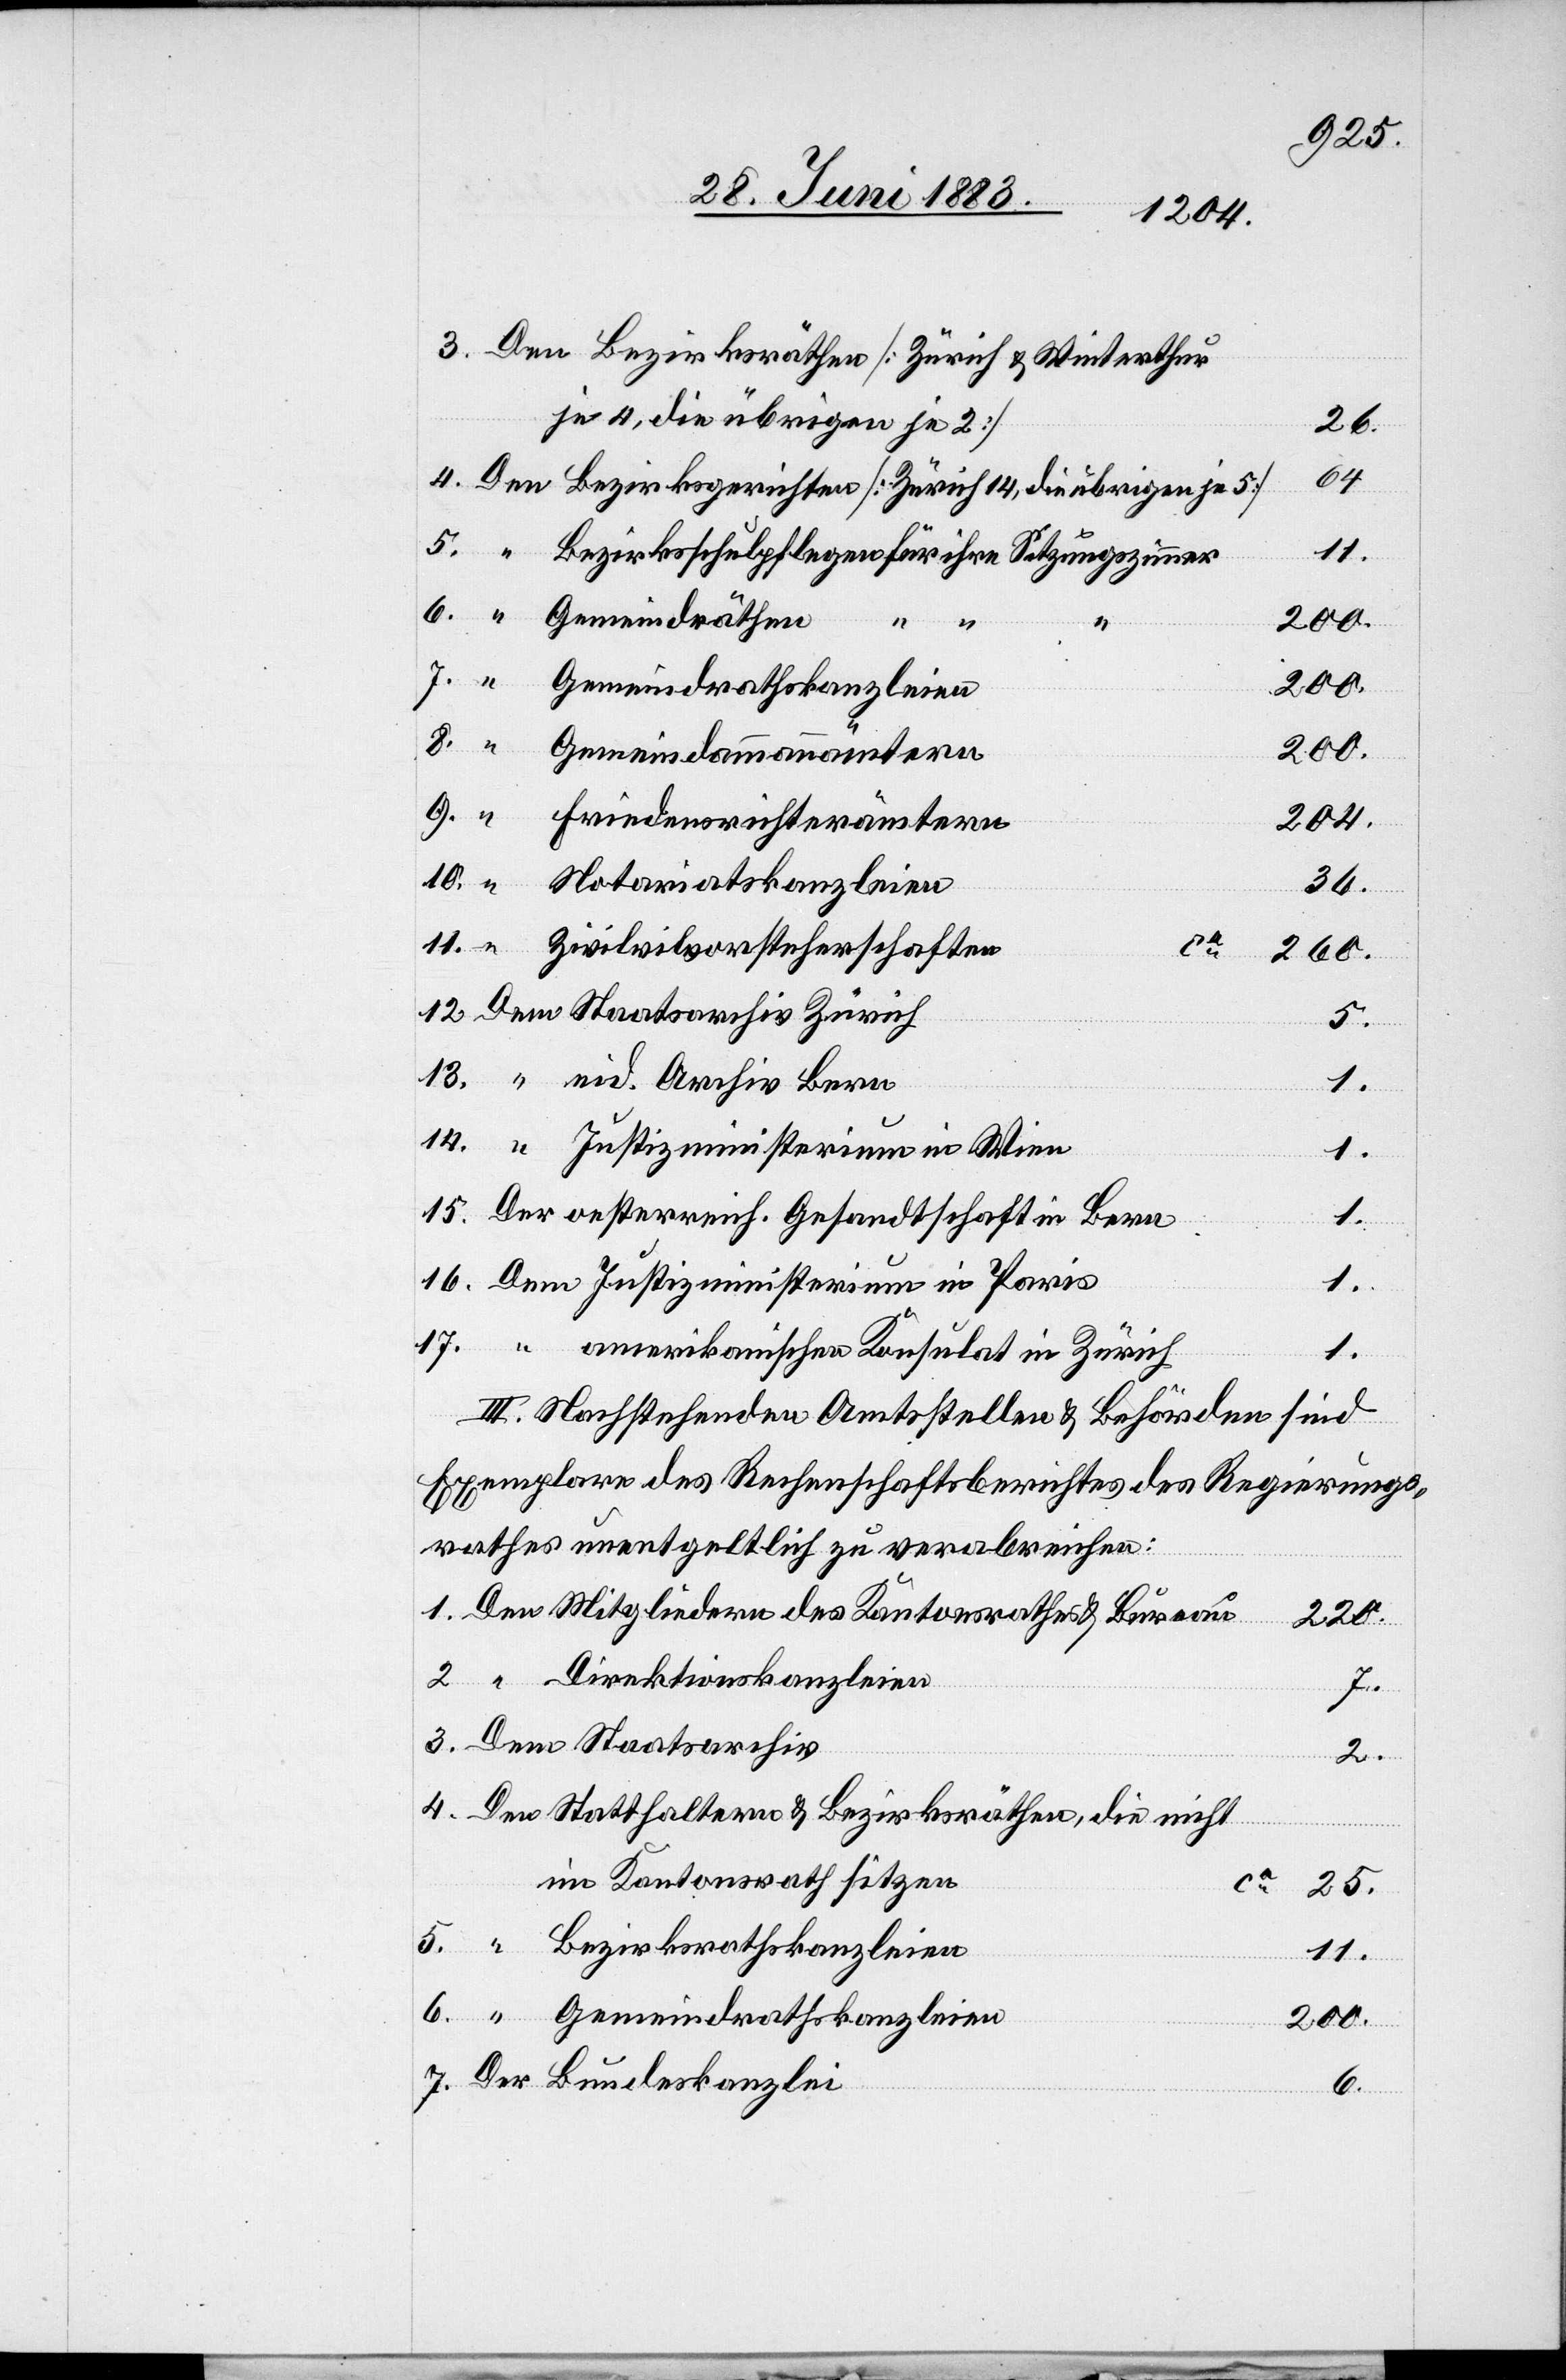
Den Bezirksräthen [Zürich & Winterthur
je 4, die übrigen je 2]
260
64.
Den Bezirksgerichten [Zürich 14, die übrigen je 5]
12.
“ Bezirksschulpflegen für ihre Sitzungszimmer
“ Gemeindräthen
204.
Gemeindrathskanzleien
200.
“ Gemeindammannämtern
200.
“ Friedensrichterämtern
“ Notariatskanzleien
36.
“ Zivilvorsteherschaften
2.
Dem Staatsarchiv Zürich
5.
“ eid. Archiv Bern
14.
“ Justizministerium in Wien
1.
Der oesterreich. Gesandtschaft in Bern
16.
Dem Justizministerium in Paris
1.
1.
III. Nachstehenden Amtsstellen & Behörden sind
Exemplare des Rechenschaftsberichtes des Regierungs¬
rathes unentgeltlich zu verabreichen:
Den Mitgliedern des Kantonsrathes & Bureau
220.
“ Direktionskanzleien
ca
7.
Dem Staatsarchiv
2.
Den Statthaltern & Bezirksräthen, die nicht
im Kantonsrath sitzen
“ Bezirksrathskanzleien
11.
Der Bundeskanzlei
6.

sulat
in